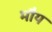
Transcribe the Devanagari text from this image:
मौय